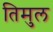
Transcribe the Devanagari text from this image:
तिमुल